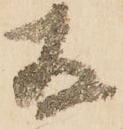
存